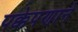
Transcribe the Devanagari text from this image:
पक्केपणाने